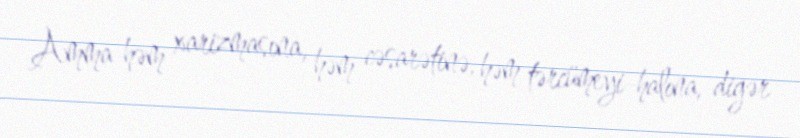
Amma həm xarizmasına, həm cəsarətinə, həm tərcümeyi-halına, digər